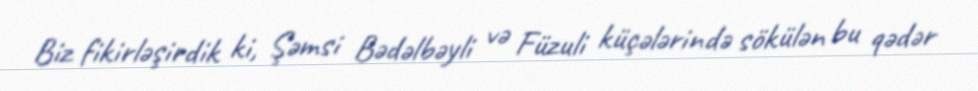
Biz fikirləşirdik ki, Şəmsi Bədəlbəyli və Füzuli küçələrində sökülən bu qədər